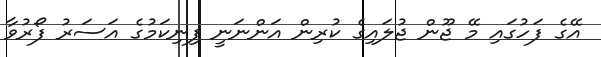
އޭގެ ފަހުގައި މޭ ޖޫން ޖުލައިގެ ކުރިން އަންނަނީ ފިނިކަމުގެ އަސަރު ފޯރުވާ